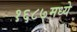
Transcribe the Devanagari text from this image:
१६८७मध्ये